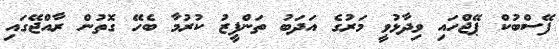
ފޭސްބުކް ޕޭޖްހައި ވިދާޅުވީ މަރުގެ އަދަބު ތަންފީޒު ކުރުމާ ބެހޭ ގޮތުން ރާއްޖޭގައި